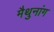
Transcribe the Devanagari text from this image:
मैथुनांग